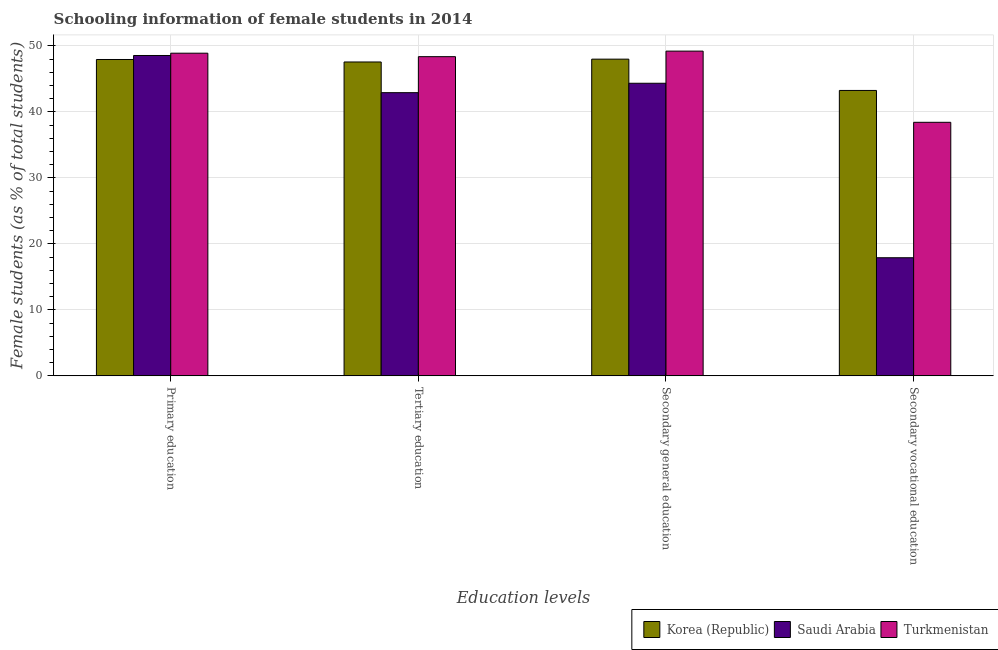
| Education levels | Korea (Republic) | Saudi Arabia | Turkmenistan |
 | --- | --- | --- | --- |
 | Primary education | 48 | 48.6 | 48.9 |
 | Tertiary education | 47.6 | 42.9 | 48.4 |
 | Secondary general education | 48 | 44.4 | 49.2 |
 | Secondary vocational education | 43.3 | 17.9 | 38.4 |